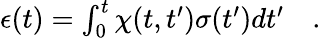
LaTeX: \begin{array}{r}{{\epsilon}(t)=\int_{0}^{t}\chi(t,t^{\prime})\sigma(t^{\prime})dt^{\prime}\quad.}\end{array}